Civil Veterinary Department Bihar & Orissa reports 1929-36 - 1929-1936
Year: 1929
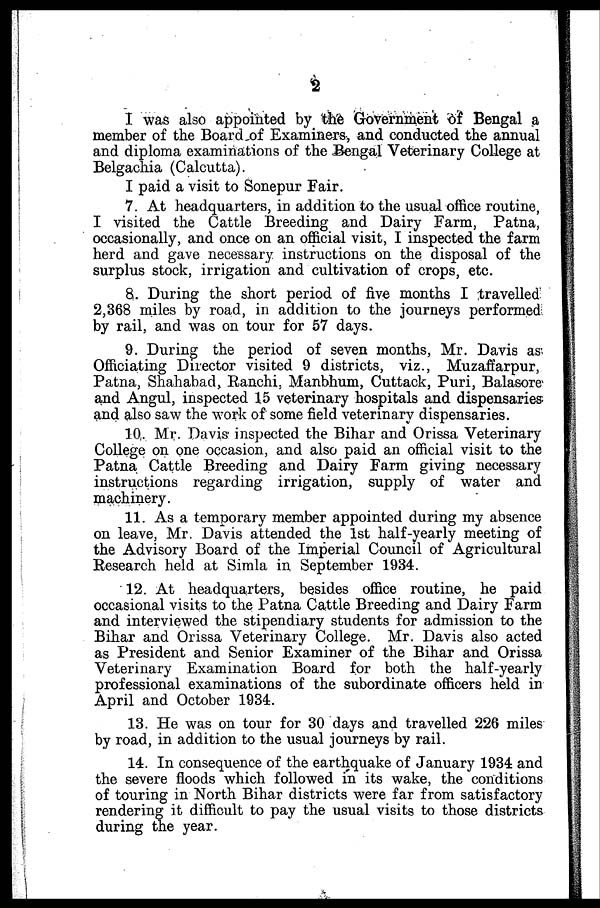
2
I was also appointed by the Government of Bengal a
member of the Board of Examiners, and conducted the annual
and diploma examinations of the Bengal Veterinary College at
Belgachia (Calcutta).
I paid a visit to Sonepur Fair.
7. At headquarters, in addition to the usual office routine,
I visited the Cattle Breeding and Dairy Farm, Patna,
occasionally, and once on an official visit, I inspected the farm
herd and gave necessary instructions on the disposal of the
surplus stock, irrigation and cultivation of crops, etc.
8. During the short period of five months I travelled
2,368 miles by road, in addition to the journeys performed
by rail, and was on tour for 57 days.
9. During the period of seven months, Mr. Davis as
Officiating Director visited 9 districts, viz., Muzaffarpur,
Patna, Shahabad, Ranchi. Manbhum, Cuttack, Puri, Balasore
and Angul, inspected 15 veterinary hospitals and dispensaries
and also saw the work of some field veterinary dispensaries.
10. Mr. Davis inspected the Bihar and Orissa Veterinary
College on one occasion, and also paid an official visit to the
Patna Cattle Breeding and Dairy Farm giving necessary
instructions regarding irrigation, supply of water and
machinery.
11. As a temporary member appointed during my absence
on leave, Mr. Davis attended the 1st half-yearly meeting of
the Advisory Board of the Imperial Council of Agricultural
Research held at Simla in September 1934.
12. At headquarters, besides office routine, he paid
occasional visits to the Patna Cattle Breeding and Dairy Farm
and interviewed the stipendiary students for admission to the
Bihar and Orissa Veterinary College. Mr. Davis also acted
as President and Senior Examiner of the Bihar and Orissa
Veterinary Examination Board for both the half-yearly
professional examinations of the subordinate officers held in
April and October 1934.
13. He was on tour for 30 days and travelled 226 miles
by road, in addition to the usual journeys by rail.
14. In consequence of the earthquake of January 1934 and
the severe floods which followed in its wake, the conditions
of touring in North Bihar districts were far from satisfactory
rendering it difficult to pay the usual visits to those districts
during the year.